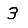
Digit: 3